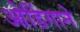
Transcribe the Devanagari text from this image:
ओडिंगाने